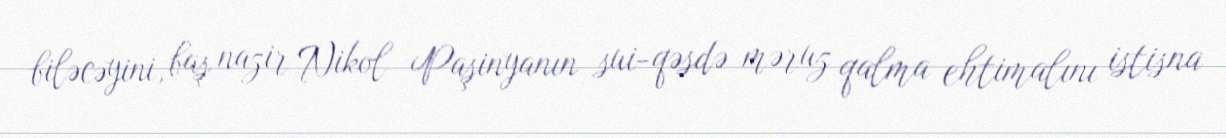
biləcəyini, baş nazir Nikol Paşinyanın sui-qəsdə məruz qalma ehtimalını istisna